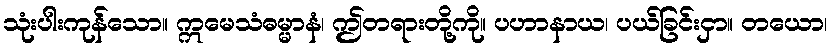
သုံးပါးကုန်သော။ ဣမေသံဓမ္မာနံ၊ ဤတရားတို့ကို။ ပဟာနာယ၊ ပယ်ခြင်းငှာ။ တယော၊